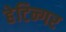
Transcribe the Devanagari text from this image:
हेटिन्गर